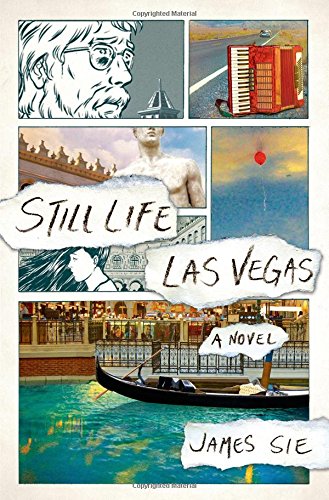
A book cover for Still Life Las Vegas: A Novel; James Sie; Literature & Fiction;